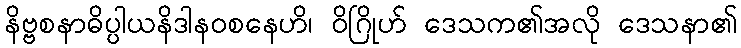
နိဗ္ဗစနာဓိပ္ပါယနိဒါနဝစနေဟိ၊ ဝိဂြိုဟ် ဒေသက၏အလို ဒေသနာ၏